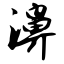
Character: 濞